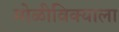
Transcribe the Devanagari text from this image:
मोळीविक्याला